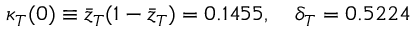
\kappa _ { T } ( 0 ) \equiv { \bar { z } } _ { T } ( 1 - { \bar { z } } _ { T } ) = 0 . 1 4 5 5 , \quad \delta _ { T } = 0 . 5 2 2 4